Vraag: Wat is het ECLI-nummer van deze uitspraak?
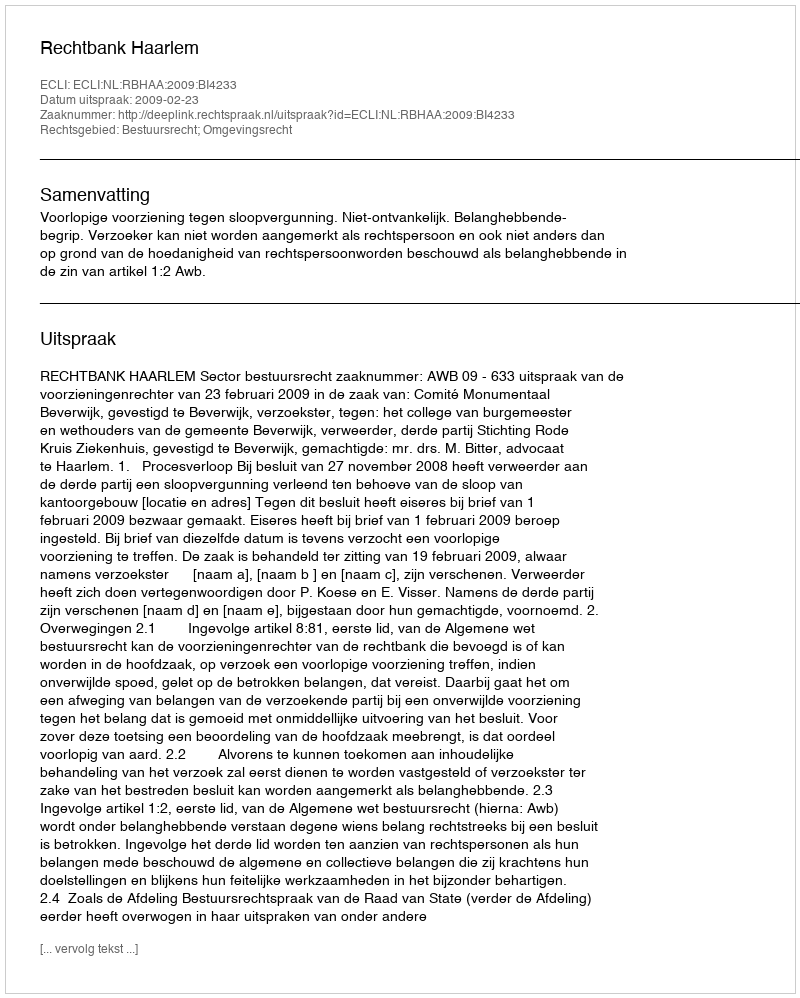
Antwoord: ECLI:NL:RBHAA:2009:BI4233